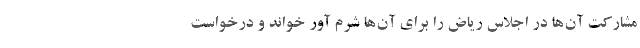
مشارکت آن‌ها در اجلاس ریاض را برای آن‌ها شرم آور خواند و درخواست